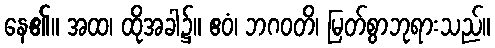
နေ၏။ အထ၊ ထိုအခါ၌။ ဧဝံ၊ ဘဂဝတိ၊ မြတ်စွာဘုရားသည်။